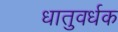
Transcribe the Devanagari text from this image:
धातुवर्धक